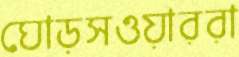
ঘোড়সওয়াররা